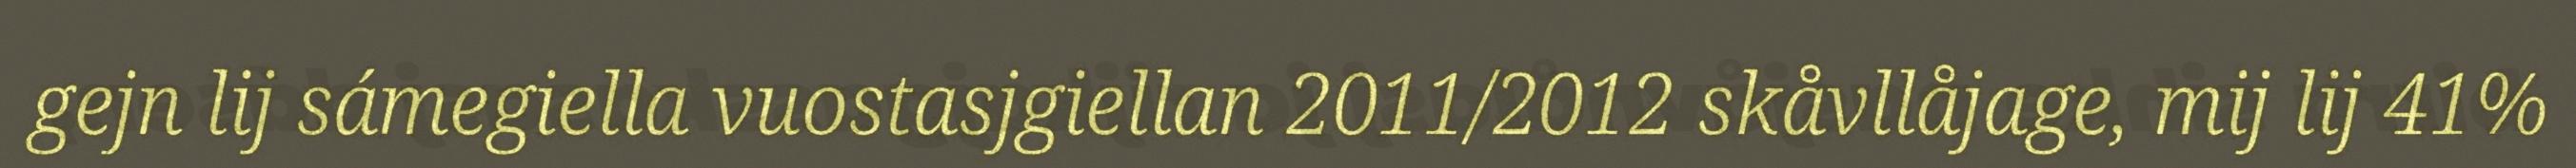
gejn lij sámegiella vuostasjgiellan 2011/2012 skåvllåjage, mij lij 41%